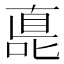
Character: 嗭